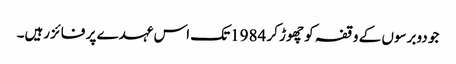
جو دوبرسوں کے وقفہ کو چھوڑ کر 1984تک اس عہدے پر فائزرہیں۔